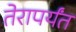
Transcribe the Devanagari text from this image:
तेरापर्यंत